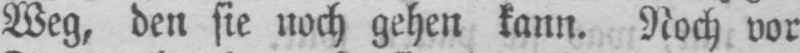
Weg, den sie noch gehen kann. Noch vor